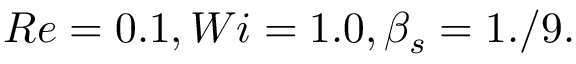
R e = 0 . 1 , W i = 1 . 0 , \beta _ { s } = 1 . / 9 .